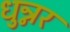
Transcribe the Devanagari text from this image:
धुन्नर